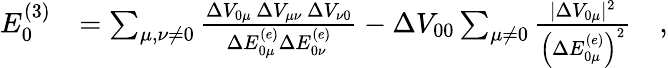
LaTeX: \begin{array}{rl}{E_{0}^{(3)}}&{=\sum_{\mu,\nu\neq 0}\frac{\Delta V_{0\mu}\, \Delta V_{\mu\nu}\, \Delta V_{\nu 0}}{\Delta E_{0\mu}^{(e)}\Delta E_{0\nu}^{(e)}}-\Delta V_{00}\sum_{\mu\neq 0}\frac{\vert\Delta V_{0\mu}\vert^{2}}{\left(\Delta E_{0\mu}^{(e)}\right)^{2}}\quad,}\end{array}